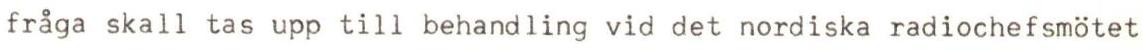
fråga skall tas upp till behandling vid det nordiska radiochefsmötet